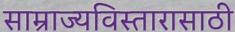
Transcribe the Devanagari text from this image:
साम्राज्यविस्तारासाठी